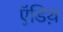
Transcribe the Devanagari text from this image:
ऍडिथ़